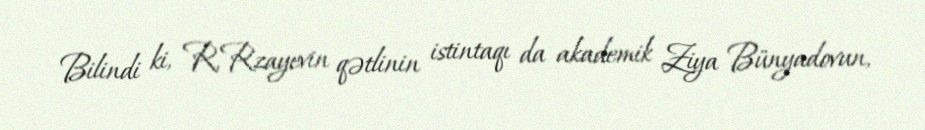
Bilindi ki, R.Rzayevin qətlinin istintaqı da akademik Ziya Bünyadovun,